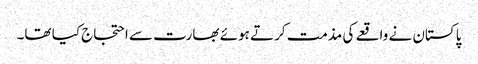
پاکستان نے واقعے کی مذمت کرتے ہوئے بھارت سے احتجاج کیا تھا۔